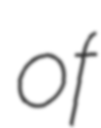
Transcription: of